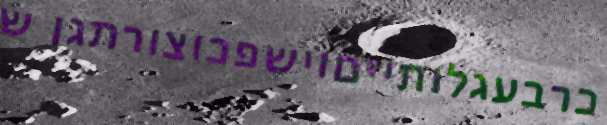
כרבעגלותייםוישפכוצורתגן ש